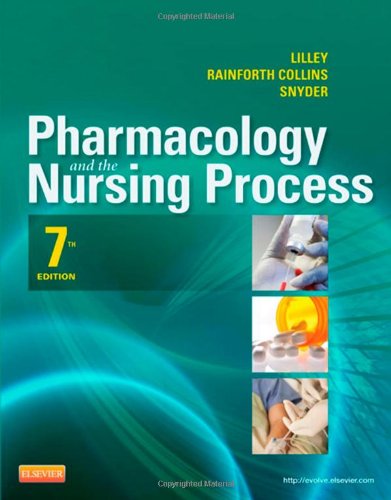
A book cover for Pharmacology and the Nursing Process, 7e (Lilley, Pharmacology and the Nursing Process); Linda Lane Lilley PhD  RN; Medical Books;